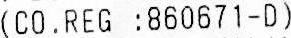
(CO.REG :860671-D)